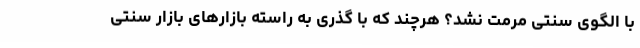
با الگوی سنتی مرمت نشد؟ هرچند که با گذری به راسته بازارهای بازار سنتی